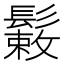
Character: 𩮸